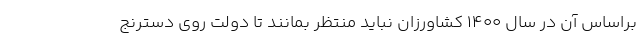
براساس آن در سال ۱۴۰۰ کشاورزان نباید منتظر بمانند تا دولت روی دسترنج